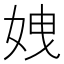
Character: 𡜄